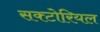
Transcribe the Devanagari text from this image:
सक्टोरियल